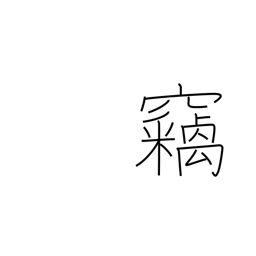
Meaning: hushed